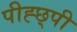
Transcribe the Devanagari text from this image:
पीह्छ्पी